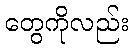
တွေကိုလည်း